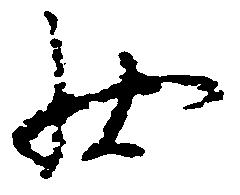
状